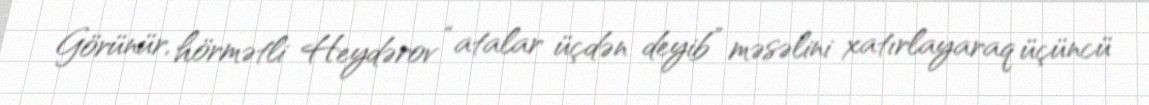
Görünür, hörmətli Heydərov “atalar üçdən deyib” məsəlini xatırlayaraq üçüncü